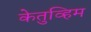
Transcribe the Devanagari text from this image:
केतुव्हिम